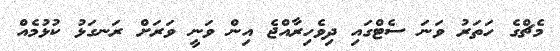
މެޗްގެ ހަތަރު ވަނަ ސެޓްގައި ދިވެހިރާއްޖެ އިން ވަނީ ވަރަށް ރަނގަޅު ކުޅުމެއް